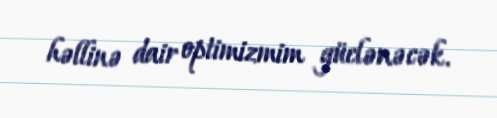
həllinə dair optimizmim güclənəcək.